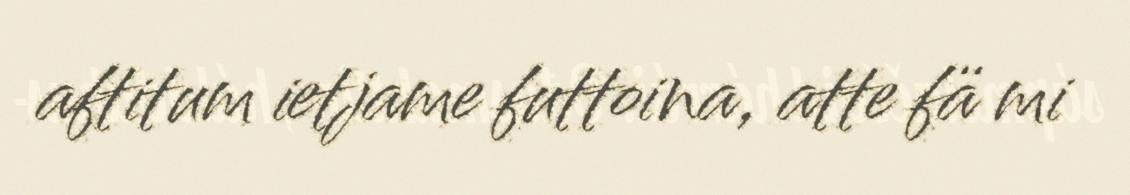
aftitum ietjame futtoina, atte fä mi